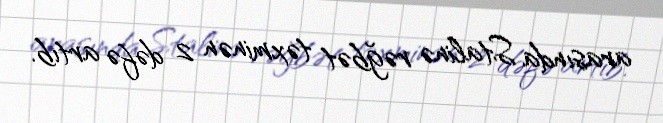
arasında Stalinə rəğbət təxminən 2 dəfə artıb.